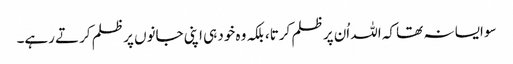
سو ایسا نہ تھا کہ اللہ اُن پر ظلم کرتا، بلکہ وہ خود ہی اپنی جانوں پر ظلم کرتے رہے۔